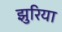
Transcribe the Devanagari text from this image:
झुरिया